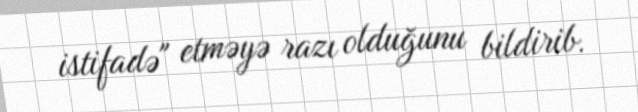
istifadə" etməyə razı olduğunu bildirib.